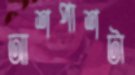
আশপাশটা